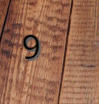
9